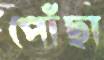
পোঁছা